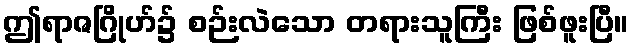
ဤရာဇဂြိုဟ်၌ စဉ်းလဲသော တရားသူကြီး ဖြစ်ဖူးပြီ။